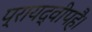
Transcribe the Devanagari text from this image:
प्रायद्वीपहै।